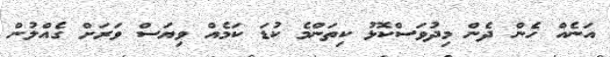
އަނެއް ހެން ދެން މިދުވަސްކޮޅު ކިތަންމެ ކުޑަ ކަމެއް ވިޔަސް ވަރަށް ގެއްލުން